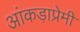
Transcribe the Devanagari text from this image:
आंकड़ाप्रेमी